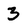
Character: 3